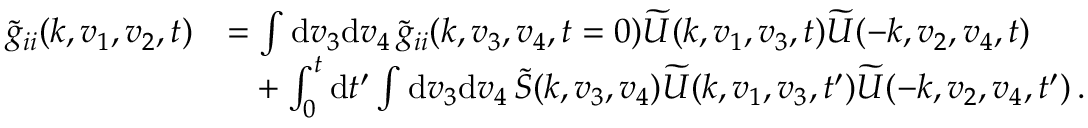
\begin{array} { r l } { \widetilde { g } _ { i i } ( \boldsymbol { k } , \boldsymbol { v } _ { 1 } , \boldsymbol { v } _ { 2 } , t ) } & { = \int \mathrm { d } \boldsymbol { v } _ { 3 } \mathrm { d } \boldsymbol { v } _ { 4 } \, \widetilde { g } _ { i i } ( \boldsymbol { k } , \boldsymbol { v } _ { 3 } , \boldsymbol { v } _ { 4 } , t = 0 ) \widetilde { U } ( \boldsymbol { k } , \boldsymbol { v } _ { 1 } , \boldsymbol { v } _ { 3 } , t ) \widetilde { U } ( - \boldsymbol { k } , \boldsymbol { v } _ { 2 } , \boldsymbol { v } _ { 4 } , t ) } \\ & { \phantom { = } + \int _ { 0 } ^ { t } \mathrm { d } t ^ { \prime } \int \mathrm { d } \boldsymbol { v } _ { 3 } \mathrm { d } \boldsymbol { v } _ { 4 } \, \widetilde { S } ( \boldsymbol { k } , \boldsymbol { v } _ { 3 } , \boldsymbol { v } _ { 4 } ) \widetilde { U } ( \boldsymbol { k } , \boldsymbol { v } _ { 1 } , \boldsymbol { v } _ { 3 } , t ^ { \prime } ) \widetilde { U } ( - \boldsymbol { k } , \boldsymbol { v } _ { 2 } , \boldsymbol { v } _ { 4 } , t ^ { \prime } ) \, . } \end{array}